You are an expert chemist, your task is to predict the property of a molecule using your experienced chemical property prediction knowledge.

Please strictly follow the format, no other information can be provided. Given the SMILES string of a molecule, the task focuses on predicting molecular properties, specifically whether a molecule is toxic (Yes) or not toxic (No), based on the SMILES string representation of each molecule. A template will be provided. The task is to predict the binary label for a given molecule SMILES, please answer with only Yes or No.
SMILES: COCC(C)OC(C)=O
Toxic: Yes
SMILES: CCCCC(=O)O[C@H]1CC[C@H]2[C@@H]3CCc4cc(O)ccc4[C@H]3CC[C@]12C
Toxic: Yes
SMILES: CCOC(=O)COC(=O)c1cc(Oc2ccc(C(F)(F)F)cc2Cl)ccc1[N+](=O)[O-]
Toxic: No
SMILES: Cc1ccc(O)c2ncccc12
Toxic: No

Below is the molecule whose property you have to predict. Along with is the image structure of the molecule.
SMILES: CCCC[n+]1ccc(C)cc1
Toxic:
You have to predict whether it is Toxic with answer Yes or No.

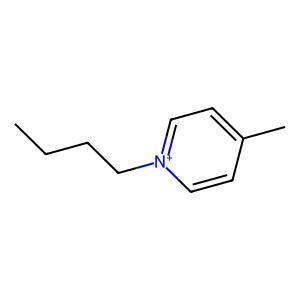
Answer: No